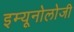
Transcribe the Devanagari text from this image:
इम्यूनोलोजी